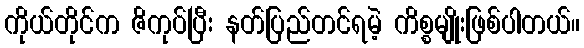
ကိုယ်တိုင်က ဇိကုပ်ပြီး နတ်ပြည်တင်ရမဲ့ ကိစ္စမျိုးဖြစ်ပါတယ်။